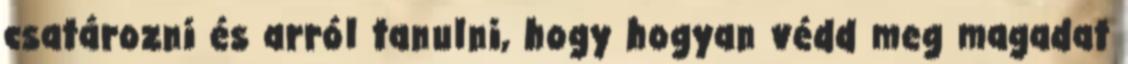
csatározni és arról tanulni, hogy hogyan védd meg magadat